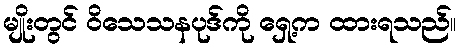
မျိုးတွင် ဝိသေသနပုဒ်ကို ရှေ့က ထားရသည်။